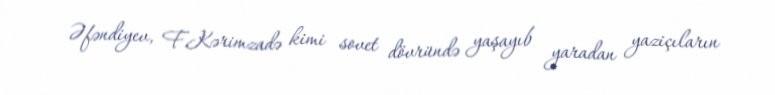
Əfəndiyev, F.Kərimzadə kimi sovet dövründə yaşayıb yaradan yaziçıların